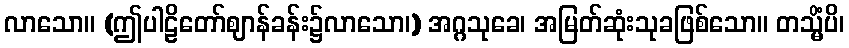
လာသော။ (ဤပါဠိတော်ဈာန်ခန်း၌လာသော၊) အဂ္ဂသုခေ၊ အမြတ်ဆုံးသုခဖြစ်သော။ တသ္မိံပိ၊